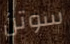
سوتن